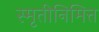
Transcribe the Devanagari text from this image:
स्मृतीनिमित्त